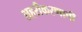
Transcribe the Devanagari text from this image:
शहरीकरणाची